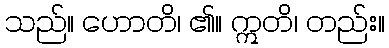
သည်။ ဟောတိ၊ ၏။ ဣတိ၊ တည်း။